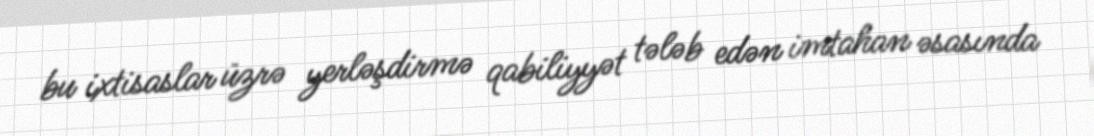
bu ixtisaslar üzrə yerləşdirmə qabiliyyət tələb edən imtahan əsasında